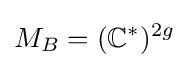
M_{B}=(\mathbb {C} ^{*})^{2g}